Report on sanitation, dispensaries, and jails in Rajputana for 1913, and on vaccination for the year 1913-1914 - 1913-1914
Year: 1913
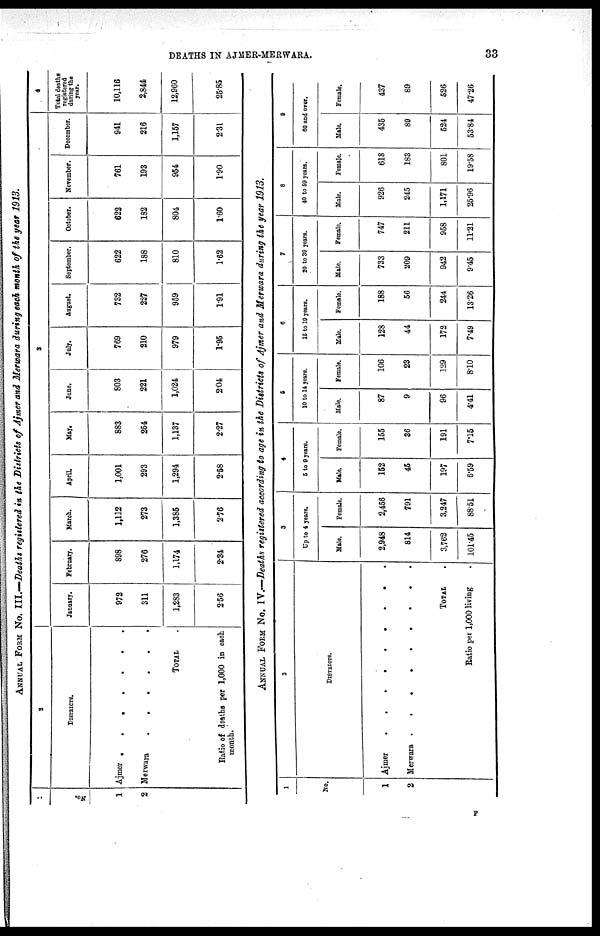
DEATHS IN AJMER-MERWARA.
33
ANNUAL FORM No. III.—Deaths registered in the Districts of Ajmer and Merwara during each month of the year 1913.
1
No.
1
2
2
DISTRICTS.
Ajmer
.
.
.
.
.
.
.
Merwara
.
.
.
.
.
.
TOTAL .
Ratio of deaths per 1,000 in each
month.
3
January.
972
311
1,283
2.56
February.
898
276
1,174
2.34
March.
1,132
273
1,385
2.76
April.
1,001
293
1,294
2.58
May.
883
254
1,137
2.27
June.
803
221
1,024
2.04
July.
769
210
979
1.95
August.
732
227
959
1.91
September.
622
188
810
1.62
October.
622
182
804
1.60
November.
761
193
954
1.90
December.
941
216
1,157
2.31
4
Total deaths
registered
during the
year.
10,116
2,844
12,960
25.85
ANNUAL FORM No. IV.—Death registered according to age in the Districts of Ajmer and Merwara during the year 1913.
1
No.
1
2
2
DISTRICTS.
Ajmer . . . . . . . . .
Merwara . . . . . . . . .
TOTAL .
Ratio per 1,000 living .
3
Up to 4 years.
Male.
2,948
814
3,762
101.45
Female.
2,456
791
3,247
88.51
4
5 to 9 years.
Male.
152
45
197
6.59
Female.
155
36
191
7.15
5
10 to 14 years.
Male.
87
9
96
4.41
Female.
106
23
129
8.10
6
15 to 19 years.
Male.
128
44
172
7.49
Female.
188
56
244
13.26
7
20 to 39 years.
Male.
733
209
942
9.45
Female.
747
211
958
11.21
8
40 to 59 years.
Male.
926
245
1,171
25.96
Fema]e.
618
183
801
19.58
9
60 and oyer.
Male.
435
89
524
53.84
Female.
437
89
526
47.26
F